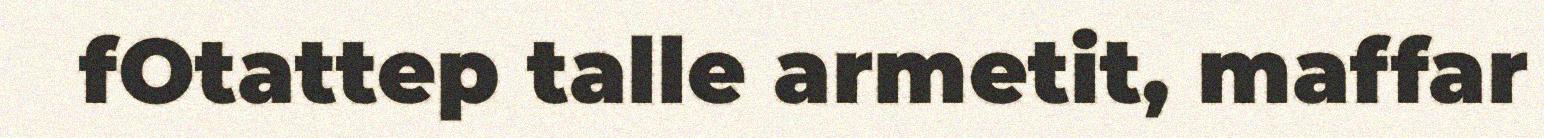
fOtattep talle armetit, maffar